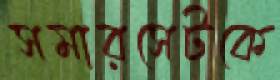
সমারসেটকে